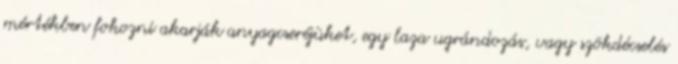
mértékben fokozni akarják anyagcseréjüket, egy laza ugrándozás, vagy szökdécselés